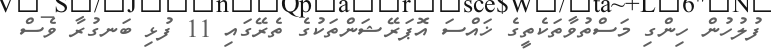
ފުލުހުން ހިންގި މަސްތުވާތަކެތީގެ ޚައްސަ އޮޕަރޭޝަންތަކުގެ ތެރޭގައި 11 ފުޅި ބަނގުރާ ވެސް